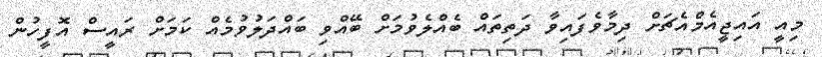
މިއީ އައިޖީއެމްއެޗަށް ދިމާވެފައިވާ ދަތިތައް ބެއްލެވުމަށް ބޭއްވި ބައްދަލުވުމެއް ކަމަށް ރައީސް އޮފީހުން